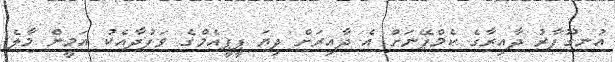
އުނގޫފާރު ދާއިރާގެ ކެމްޕޭނަށް އެ ދާއިރަށް ދިޔަ ޕީޕީއެމްގެ ވަފުދާއެކު އަމީން މާލެ